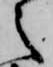
之